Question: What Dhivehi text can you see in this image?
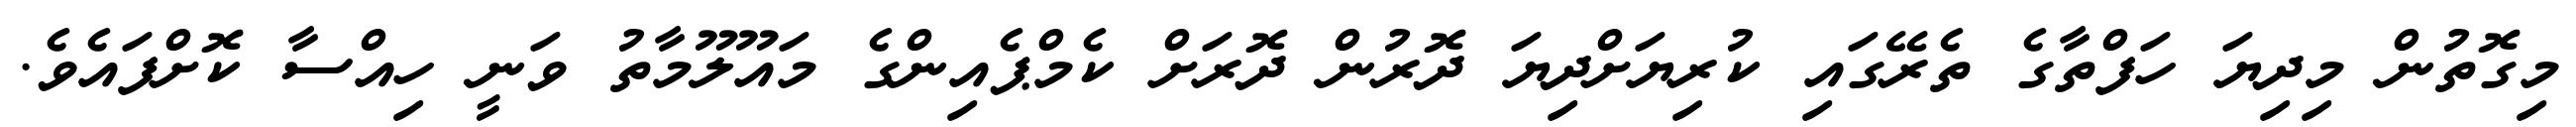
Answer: މިގޮތުން މިދިޔަ ހަފްތާގެ ތެރޭގައި ކުރިޔަށްދިޔަ ދޮރުން ދޮރަށް ކެމްޕެއިންގެ މައޫލޫމާތު ވަނީ ހިއްސާ ކޮށްފައެވެ.